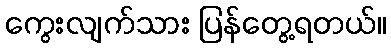
ကွေးလျက်သား ပြန်တွေ့ရတယ်။